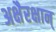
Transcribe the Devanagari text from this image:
अक्षैरक्षान्